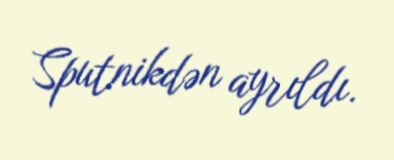
Sputnikdən ayrıldı.